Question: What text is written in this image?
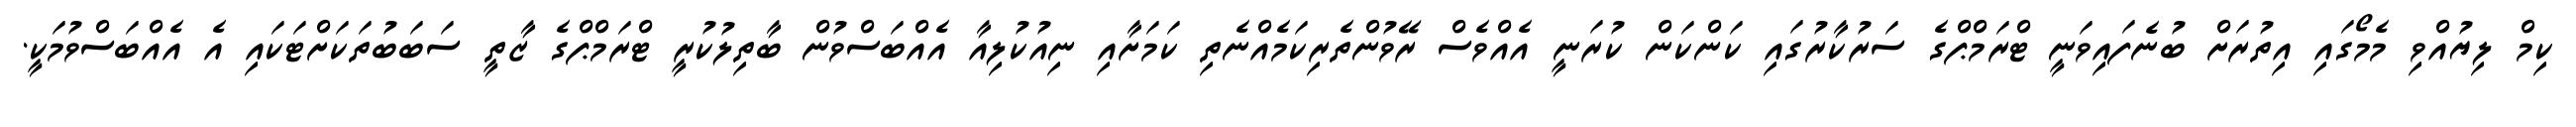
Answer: ކިމް ލިޔުއްވި މެމޯގައި އިތުރަށް ބުނެފައިވަނީ ޓްރަމްޕްގެ ސަރުކާރުގައި ކަންކަން ކުރަނީ އެއްވެސް ރޭވުންތެރިކަމެއްނެތި ކަމަށާއި ނިއުކުލިއާ އެއްބަސްވުން ބާތިލުކުރީ ޓްރަމްޕްގެ ޒާތީ ސަބަބުތަކަށްޓަކައި އެ އެއްބަސްވުމަކީ.